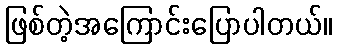
ဖြစ်တဲ့အကြောင်းပြောပါတယ်။